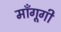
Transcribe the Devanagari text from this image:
माँगूगी